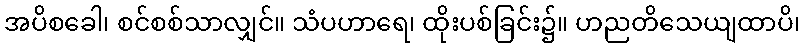
အပိစခေါ၊ စင်စစ်သာလျှင်။ သံပဟာရေ၊ ထိုးပစ်ခြင်း၌။ ဟညတိသေယျထာပိ၊